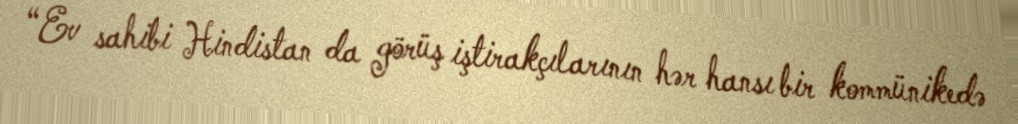
“Ev sahibi Hindistan da görüş iştirakçılarının hər hansı bir kommünikedə